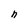
Character: n